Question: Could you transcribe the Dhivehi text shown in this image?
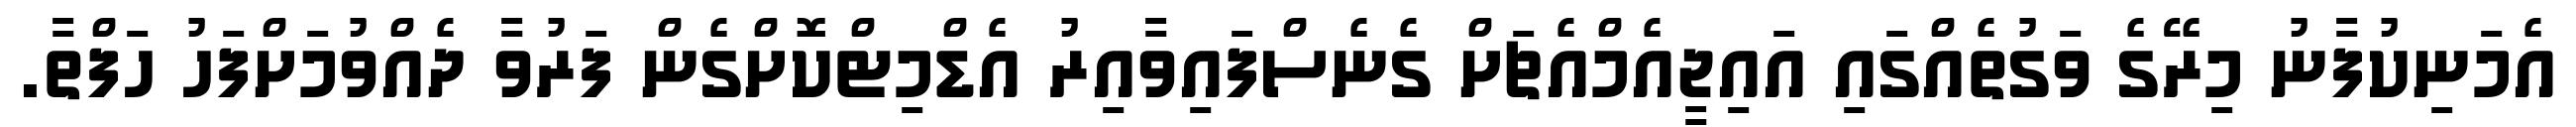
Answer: އެމަނިކުފާނު މިރޭގެ ވަގުތެއްގައި އައިޖީއެމްއެޗަށް ގެނެސްފައިވާއިރު އެޑްމިޓްކޮށްގެން ފަރުވާ ދެއްވުމަށްފަހު ހަފްތާ.